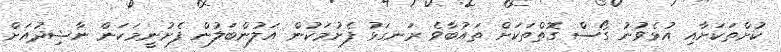
ކުށްތަކަށާއި އުޅެވުނު ގޯސް ގޮތްތަކަށް ތައުބާވެ ރަނގަޅު ފެށުމަކުން އަލުންބަލުން ފެށުނީމަކަން ނާޝިދުއަށް